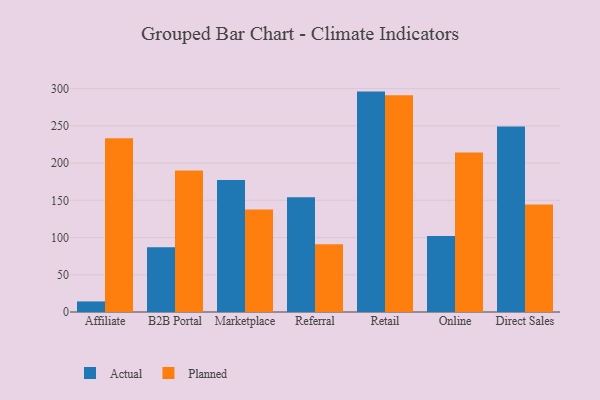
{"axis": {"x": "Channel", "y": "Budget (USD K)"}, "legend": ["Actual", "Planned"], "data": [{"x": "Affiliate", "y": 14.2, "type": "Actual"}, {"x": "Affiliate", "y": 233.5, "type": "Planned"}, {"x": "B2B Portal", "y": 86.8, "type": "Actual"}, {"x": "B2B Portal", "y": 190.0, "type": "Planned"}, {"x": "Marketplace", "y": 177.2, "type": "Actual"}, {"x": "Marketplace", "y": 137.5, "type": "Planned"}, {"x": "Referral", "y": 154.2, "type": "Actual"}, {"x": "Referral", "y": 90.9, "type": "Planned"}, {"x": "Retail", "y": 296.0, "type": "Actual"}, {"x": "Retail", "y": 291.1, "type": "Planned"}, {"x": "Online", "y": 102.2, "type": "Actual"}, {"x": "Online", "y": 214.1, "type": "Planned"}, {"x": "Direct Sales", "y": 249.0, "type": "Actual"}, {"x": "Direct Sales", "y": 144.3, "type": "Planned"}]}